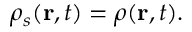
\rho _ { s } ( \mathbf { r } , t ) = \rho ( \mathbf { r } , t ) .